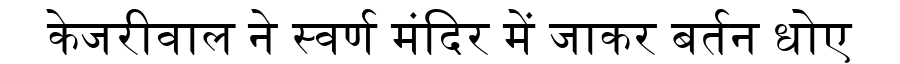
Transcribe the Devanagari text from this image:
केजरीवाल ने स्वर्ण मंदिर में जाकर बर्तन धोए